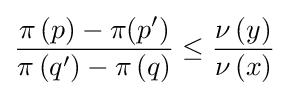
{\frac {\pi \left(p\right)-\pi (p')}{\pi \left(q'\right)-\pi \left(q\right)}}\leq {\frac {\nu \left(y\right)}{\nu \left(x\right)}}